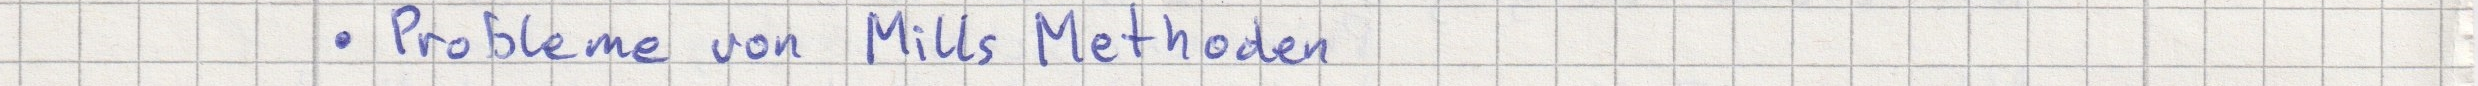
- Probleme von Mills Methoden